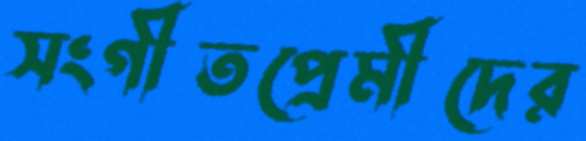
সংগীতপ্রেমীদের